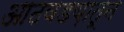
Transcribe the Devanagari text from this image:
आठवडय़ातून